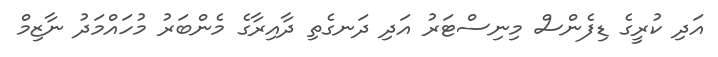
އަދި ކުރީގެ ޑިފެންސް މިނިސްޓަރު އަދި ދަނގެތި ދާއިރާގެ މެންބަރު މުހައްމަދު ނާޒިމް